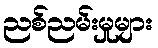
ညစ်ညမ်းမှုများ